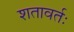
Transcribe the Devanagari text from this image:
शतावर्तः